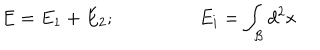
E = E _ { 1 } + E _ { 2 } ; \ \ E _ { i } = \int _ { \mathcal { B } } d ^ { 2 } x